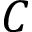
C